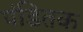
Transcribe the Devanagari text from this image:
पंडितक